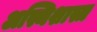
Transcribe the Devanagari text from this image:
अस्थिशास्त्र